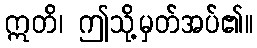
ဣတိ၊ ဤသို့မှတ်အပ်၏။